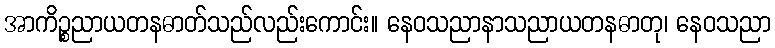
အာကိဉ္စညာယတနဓာတ်သည်လည်းကောင်း။ နေဝသညာနာသညာယတနဓာတု၊ နေဝသညာ